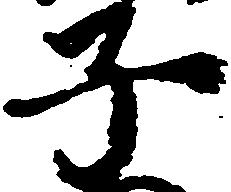
子